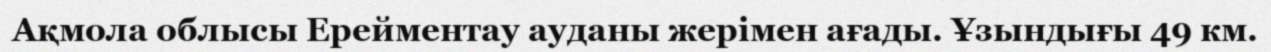
Ақмола облысы Ерейментау ауданы жерімен ағады. Ұзындығы 49 км.